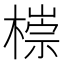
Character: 𣙩